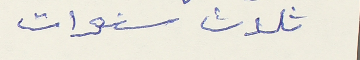
ثلاث سنوات